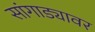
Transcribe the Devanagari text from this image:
सांगाड्यावर